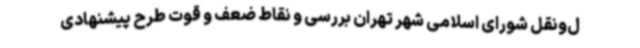
ل‌ونقل شورای اسلامی شهر تهران بررسی و نقاط ضعف و قوت طرح پیشنهادی